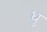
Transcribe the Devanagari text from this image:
धु